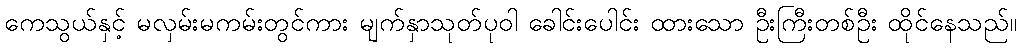
ကေသွယ်နှင့် မလှမ်းမကမ်းတွင်ကား မျက်နှာသုတ်ပုဝါ ခေါင်းပေါင်း ထားသော ဦးကြီးတစ်ဦး ထိုင်နေသည်။